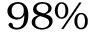
9 8 \%